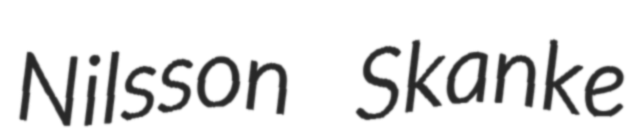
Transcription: Nilsson Skanke